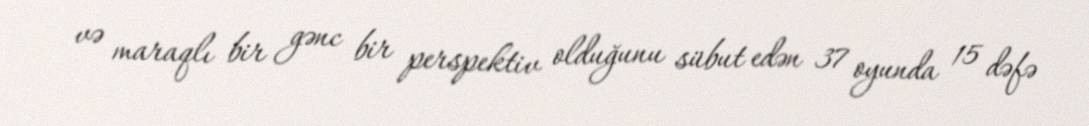
və maraqlı bir gənc bir perspektiv olduğunu sübut edən 37 oyunda 15 dəfə